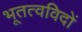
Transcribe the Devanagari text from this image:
भूतत्वविदों